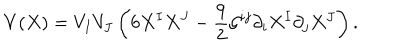
V ( X ) = V _ { I } V _ { J } \left( 6 X ^ { I } X ^ { J } - \frac { 9 } { 2 } \mathcal { G } ^ { i j } \partial _ { i } X ^ { I } \partial _ { j } X ^ { J } \right) .